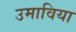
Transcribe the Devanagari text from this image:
उमाविया